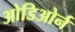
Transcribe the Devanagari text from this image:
ओडिओर्न